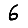
Digit: 6